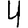
Digit: 4